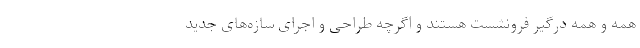
همه و همه درگیر فرونشست هستند و اگرچه طراحی و اجرای سازه‌های جدید